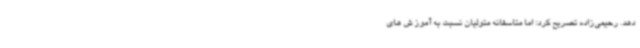
دهد. رحیمی‌زاده تصریح کرد: اما متاسفانه متولیان نسبت به آموز ش های